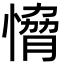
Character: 愶